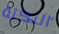
النكتة